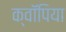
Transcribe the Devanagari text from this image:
क्वॉपिया